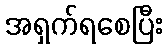
အရှက်ရစေပြီး